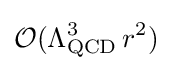
{\mathcal {O}}(\Lambda _{\text{QCD}}^{3}\,r^{2})